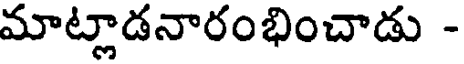
మాట్లాడనారంభించాడు -